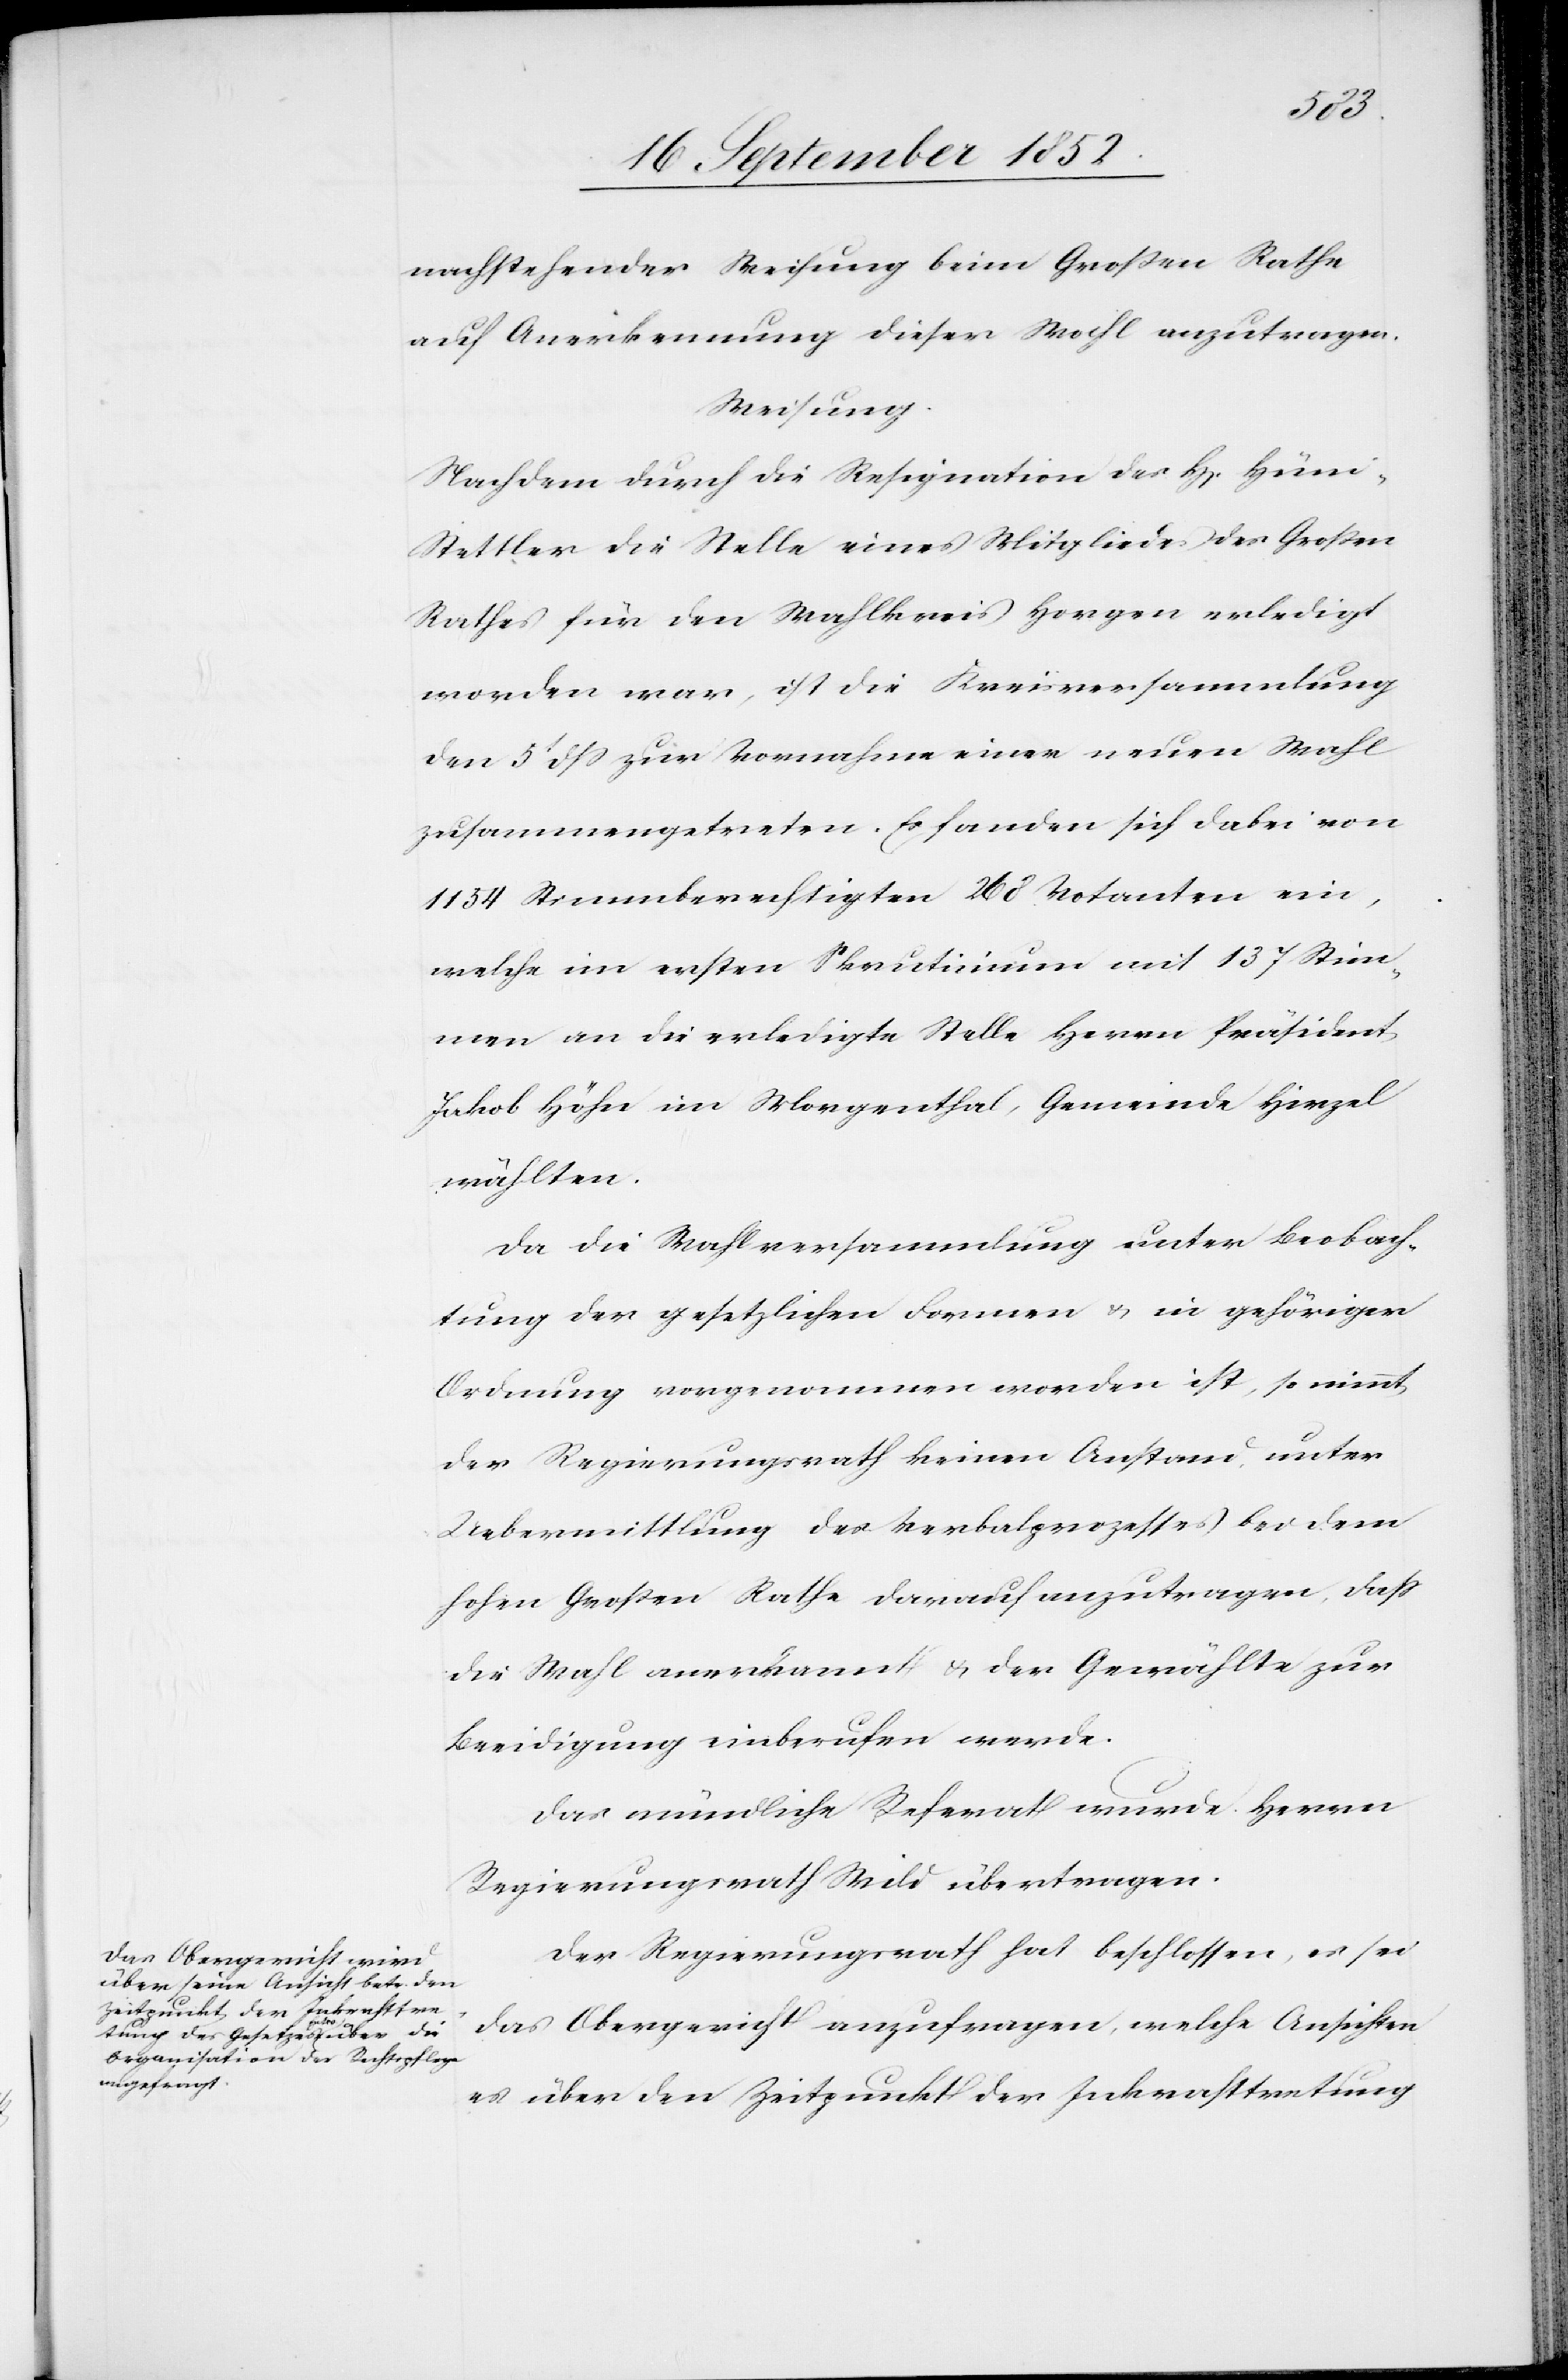
nachstehender Weisung beim Großen Rathe
auf Anerkennung dieser Wahl anzutragen.
Weisung.
Nachdem durch die Resignation des H[errn] Hün¬
i-Stettler die Stelle eines Mitgliedes des Großen
Rathes für den Wahlkreis Horgen erledigt
worden war, ist die Kreisversammlung
den 5t dss zur Vornahme einer neuen Wahl
zusammengetreten. Es fanden sich dabei von
1154 Stimmberechtigten 268 Votanten ein,
welche im ersten Skrutinium mit 137 Stim¬
men an die erledigte Stelle Herrn Präsident
Jakob Höhn im Morgenthal, Gemeinde Hirzel
wählten.
Da die Wahlversammlung unter Beobach¬
tung der gesetzlichen Formen & in gehöriger
Ordnung vorgenommen worden ist, so nimmt
der Regierungsrath keinen Anstand, unter
Uebermittlung des Verbalprozesses bei dem
hohen Großen Rathe darauf anzutragen, dass
die Wahl anerkannt & der Gewählte zur
Beeidigung einberufen werde.
Das mündliche Referat wurde Herrn
Regierungsrath Wild übertragen.
Der Regierungsrath hat beschlossen, es sei
das Obergericht anzufragen, welche Ansichten
es über den Zeitpunkt der Inkrafttretung